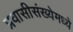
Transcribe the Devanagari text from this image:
प्रवासीसंख्येमध्ये